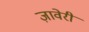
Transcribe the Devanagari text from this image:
ज़ावेरी